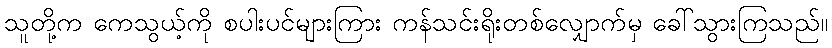
သူတို့က ကေသွယ့်ကို စပါးပင်များကြား ကန်သင်းရိုးတစ်လျှောက်မှ ခေါ်သွားကြသည်။